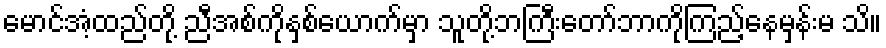
မောင်အံ့ထည်တို့ ညီအစ်ကိုနှစ်ယောက်မှာ သူတို့ဘကြီးတော်ဘာကိုကြည့်နေမှန်းမ သိ။